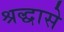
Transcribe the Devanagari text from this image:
श्रद्धासे